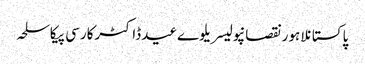
پاکستانلاہورنقصانپولیسریلوےعیدڈاکٹرکارسی پیکاسلحہ